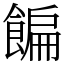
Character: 䭏